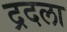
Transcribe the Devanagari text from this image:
द्रदला